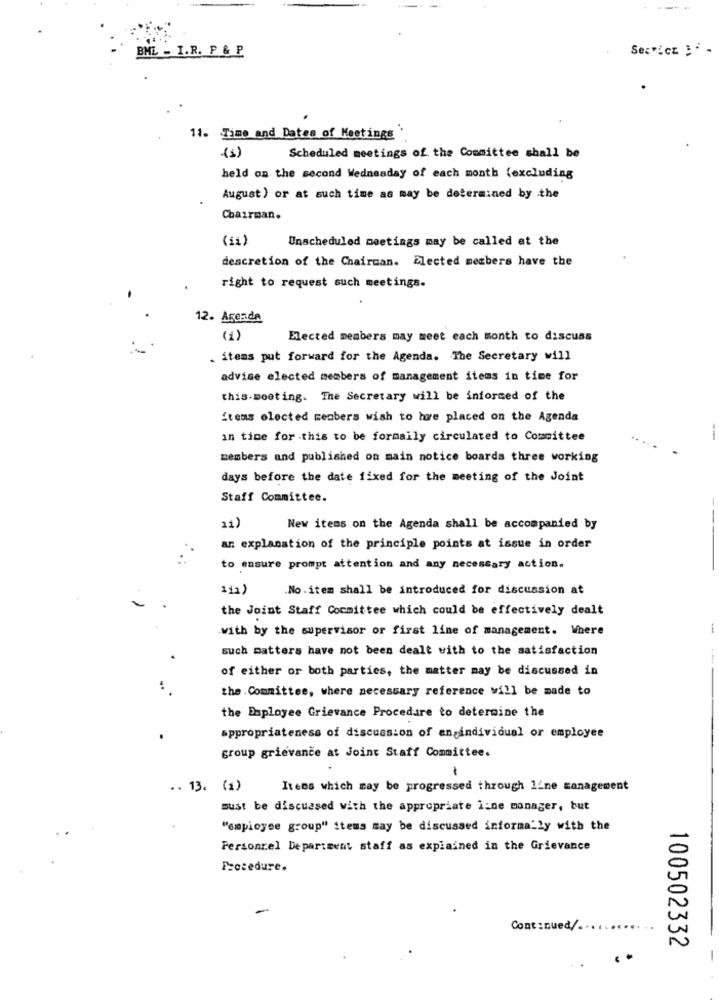
BML - I.R. P & P
11. Time and Dates of Meetings
(1)
Scheduled meetings of the Committee shall be
held on the second Wednesday of each month (excluding
August) or at such time as may be determined by the
Chairman.
(11)
Unscheduled meetings may be called at the
descretion of the Chairman. Elected members have the
right to request such meetings.
12. Agenda
(1)
Elected members may meet each month to discuss
. items put forward for the Agenda. The Secretary will
advise elected members of management items in time for
this.meeting. The Secretary will be informed of the
items elected members wish to hore placed on the Agenda
in time for this to be formaily circulated to Committee
members and published on main notice boards three working
days before the date fixed for the meeting of the Joint
Staff Committee.
---
11)
New items on the Agenda shall be accompanied by
an explanation of the principle points at issue in order
to ensure prompt attention and any necessary action.
111)
.No . item shall be introduced for discussion at
the Joint Staff Cocmittee which could be effectively dealt
.with by the supervisor or first line of management. Where
such matters have not been dealt with to the satisfaction
of either or both parties, the matter may be discussed in
:
the . Committee, where necessary reference will be made to
the Employee Grievance Procedure to determine the
appropriateness of discussion of engindividual or employee
group grievance at Joint Staff Committee.
-
.. 13. (1)
Itens which may be progressed through line management
must be discussed with the appropriate i:ne manager, but
"employee group" items may be discussed informally with the
Personnel Department staff as explained in the Grievance
Procedure.
Continued/.
100502332